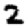
Digit: 2